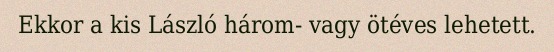
Ekkor a kis László három- vagy ötéves lehetett.